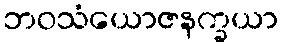
ဘဝသံယောဇနက္ခယာ